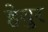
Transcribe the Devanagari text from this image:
हेयुर